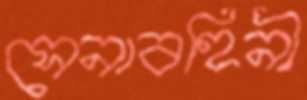
সেনাবহিনী